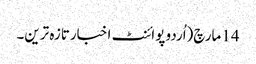
14 مارچ(اُردو پوائنٹ اخبارتازہ ترین۔